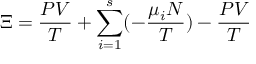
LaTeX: \Xi = { \frac { P V } { T } } + \sum _ { i = 1 } ^ { s } ( - { \frac { \mu _ { i } N } { T } } ) - { \frac { P V } { T } }